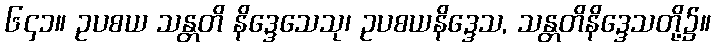
၆၄၁။ ဥပစယ သန္တတိ နိဒ္ဒေသေသု၊ ဥပစယနိဒ္ဒေသ, သန္တတိနိဒ္ဒေသတို့၌။